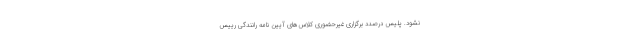
نشود. پلیس درصدد برگزاری غیرحضوری کلاس‌های آیین ‌نامه رانندگی رییس